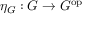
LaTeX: \eta _ { G } : G \to G ^ { \mathrm { o p } }